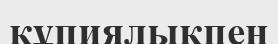
құпиялықпен